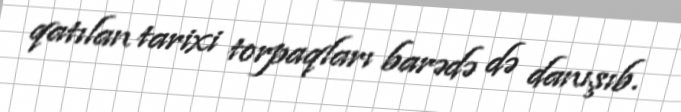
qatılan tarixi torpaqları barədə də danışıb.